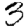
Digit: 3